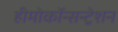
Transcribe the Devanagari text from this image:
हीमोकॉन्सन्ट्रेशन